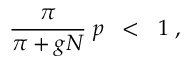
\frac { \pi } { \pi + g N } \; p \; \; < \; \; 1 \; ,